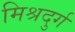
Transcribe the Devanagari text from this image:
मिश्रदुर्ग